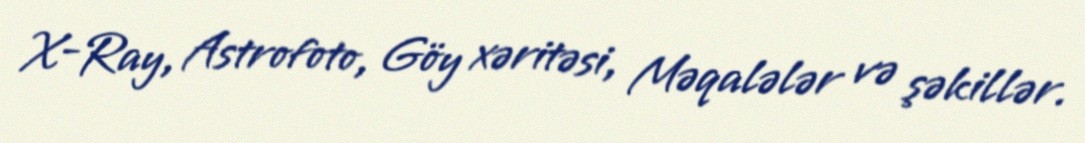
X-Ray, Astrofoto, Göy xəritəsi, Məqalələr və şəkillər.